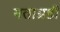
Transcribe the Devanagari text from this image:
मताग्रही